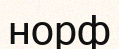
норф